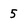
Character: 5